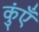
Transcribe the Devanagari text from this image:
कुंएँ